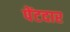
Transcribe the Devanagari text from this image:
पेंटदार